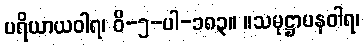
ပရိယာယဝါရ၊ ဝိ-၅-ပါ-၁၈၃။ ။သမုဋ္ဌာပနဝါရ၊